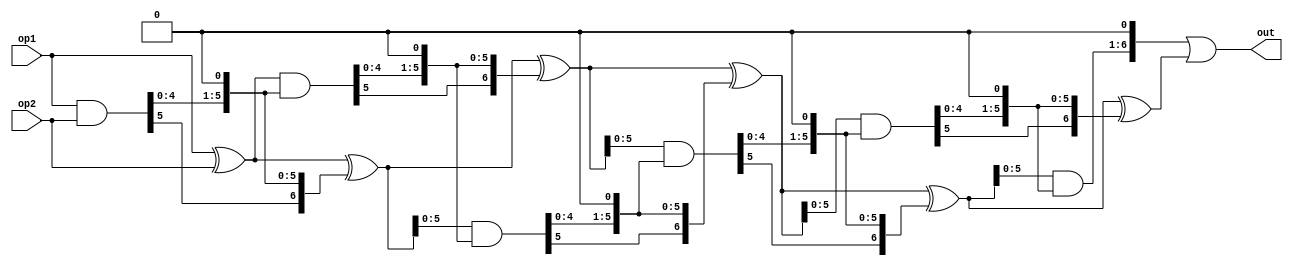
module add(
op1, op2, out
);

input [5:0] op1;
input [5:0] op2;
output [6:0] out;

wire [6:0] s1 = op1 ^ op2;
wire [6:0] c1p = op1 & op2;
wire [6:0] c1 = {c1p[5:0], 1'b0};

wire [6:0] s2 = s1 ^ c1;
wire [6:0] c2p = s1 & c1;
wire [6:0] c2 = {c2p[5:0], 1'b0};

wire [6:0] s3 = s2 ^ c2;
wire [6:0] c3p = s2 & c2;
wire [6:0] c3 = {c3p[5:0], 1'b0};

wire [6:0] s4 = s3 ^ c3;
wire [6:0] c4p = s3 & c3;
wire [6:0] c4 = {c4p[5:0], 1'b0};

wire [6:0] s5 = s4 ^ c4;
wire [6:0] c5p = s4 & c4;
wire [6:0] c5 = {c5p[5:0], 1'b0};

wire [6:0] s6 = s5 ^ c5;
wire [6:0] c6p = s5 & c5;
wire [6:0] c6 = {c6p[5:0], 1'b0};

assign out = c6 | s6;

endmodule